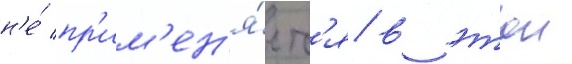
н'е́ пр'им'ен'я́етс'я в этои